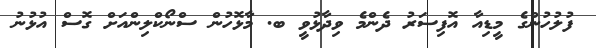
ފުލުހުންގެ މީޑިއާ އޮފިސަރު ދެންމެ ވިދާޅުވީ ބ. މާޅޮހުން ސްނޯކްލިންއަށް ގޮސް އުޅުނު